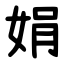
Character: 娟